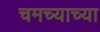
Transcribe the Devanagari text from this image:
चमच्याच्या